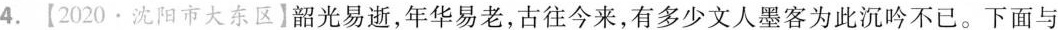
4.【2020·沈阳市大东区】韶光易逝，年华易老，古往今来，有多少文人墨客为此沉吟不已。下面